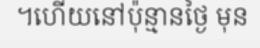
។ហើយនៅប៉ុន្មានថ្ងៃ មុន